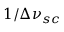
1 / \Delta \nu _ { s c }